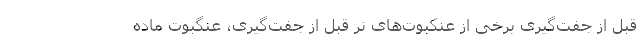
قبل از جفت‌گیری برخی از عنکبوت‌های نر قبل از جفت‌گیری، عنگبوت ماده